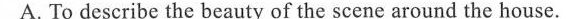
A.To describe the beauty of the scene around the house.